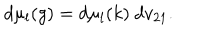
d \mu _ { l } ( g ) = d \mu _ { l } ( k ) ~ d v _ { 2 1 } .